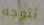
تتوجه